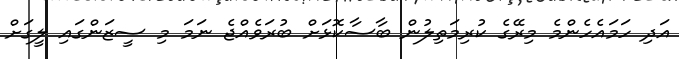
އަދި ހަމައެހެންމެ މިރޭގެ ކުރިމަތިލުން ބާސާކޮޅަށް ބުރަވެއްޖެ ނަމަ މި ސީޒަންގައި ލީގަށް